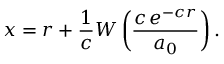
x = r + { \frac { 1 } { c } } W \left( { \frac { c \, e ^ { - c r } } { a _ { 0 } } } \right) .